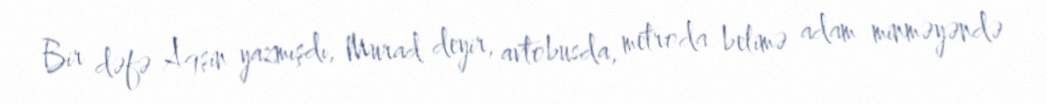
Bir dəfə Aqşin yazmışdı, Murad deyir, avtobusda, metroda belimə adam minməyəndə